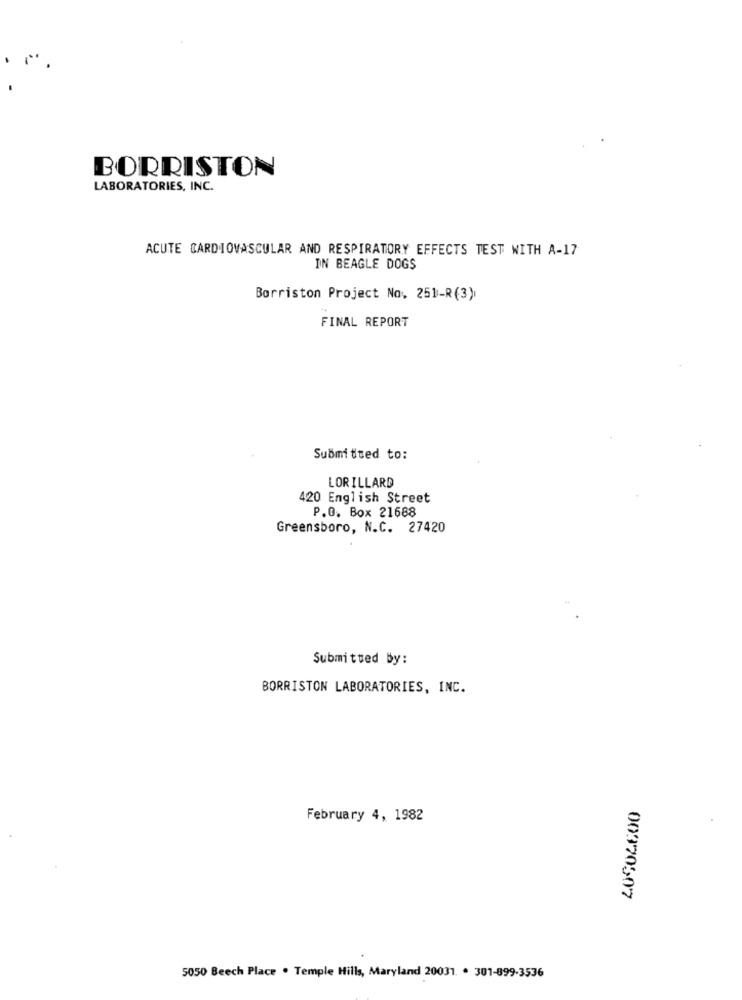
BORRISTON
LABORATORIES, INC.
ACUTE CARDIOVASCULAR AND RESPIRATORY EFFECTS TEST WITH A-17
IN BEAGLE DOGS
Borriston Project No. 251-R(3)
FINAL REPORT
Submitted to:
LORILLARD
420 English Street
P.O. Box 21688
Greensboro, N.C. 27420
Submitted By:
BORRISTON LABORATORIES, INC.
20504600
February 4, 1982
5050 Beech Place . Temple Hills, Maryland 20031. . 301-899-3536